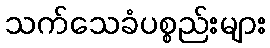
သက်သေခံပစ္စည်းများ